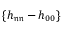
\{ h _ { \mathfrak { n } \mathfrak { n } } - h _ { 0 0 } \}